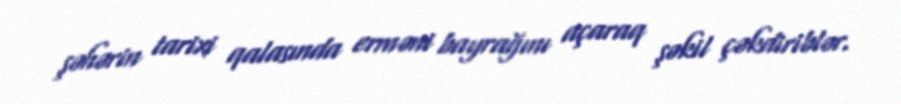
şəhərin tarixi qalasında erməni bayrağını açaraq şəkil çəkdiriblər.